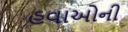
હવાઓની